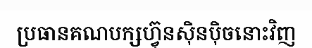
ប្រធានគណបក្សហ្វ៊ុនស៊ិនប៉ិចនោះវិញ